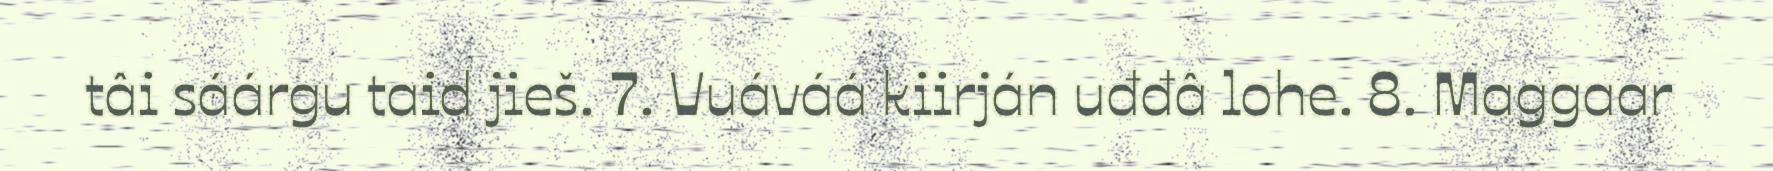
tâi sáárgu taid jieš. 7. Vuáváá kiirján uđđâ lohe. 8. Maggaar